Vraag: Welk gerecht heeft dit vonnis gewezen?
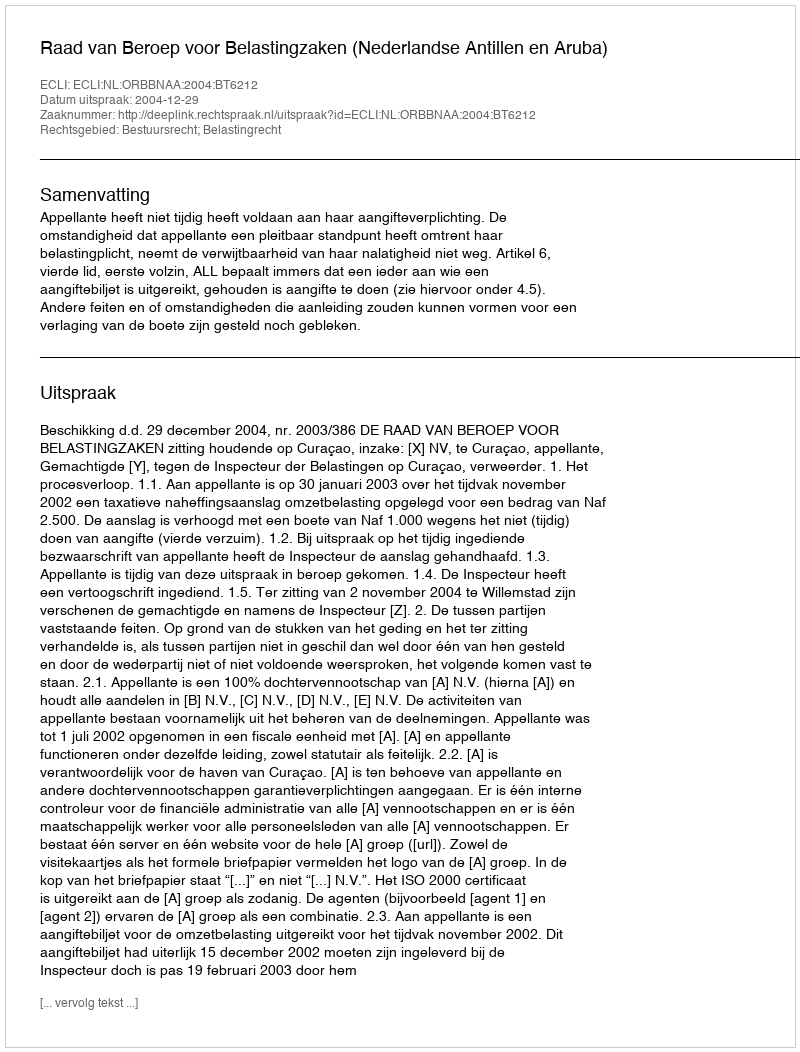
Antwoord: Raad van Beroep voor Belastingzaken (Nederlandse Antillen en Aruba)